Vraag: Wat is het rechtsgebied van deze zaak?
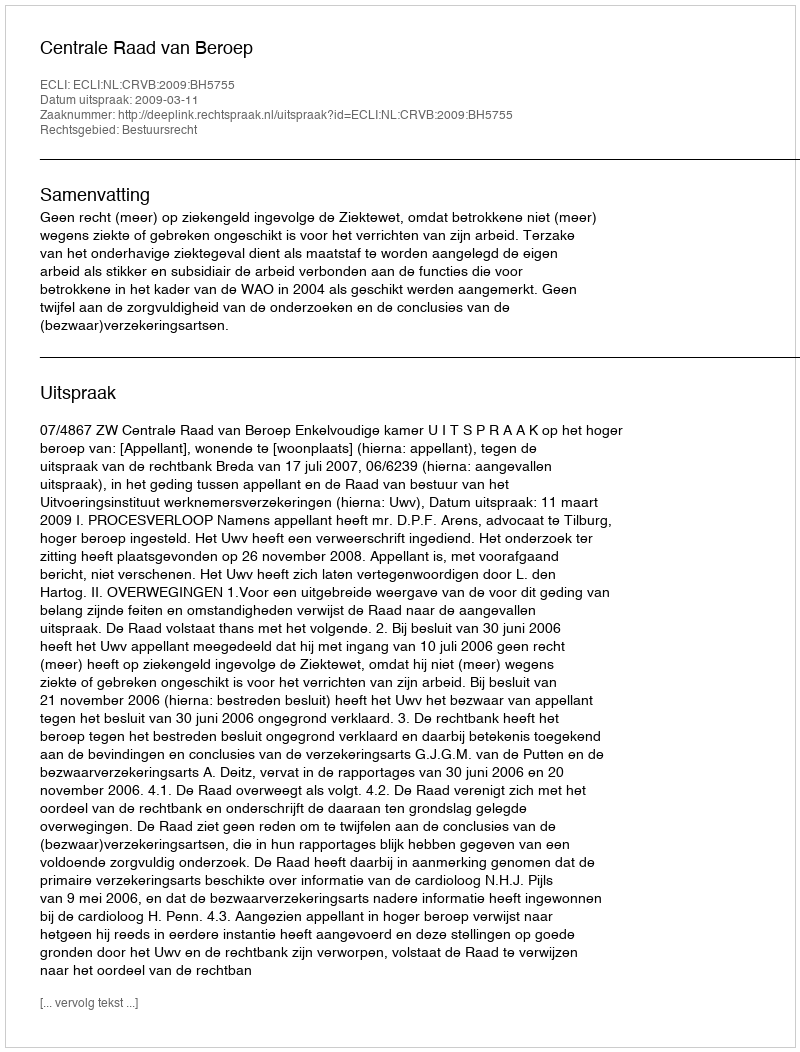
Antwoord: Bestuursrecht